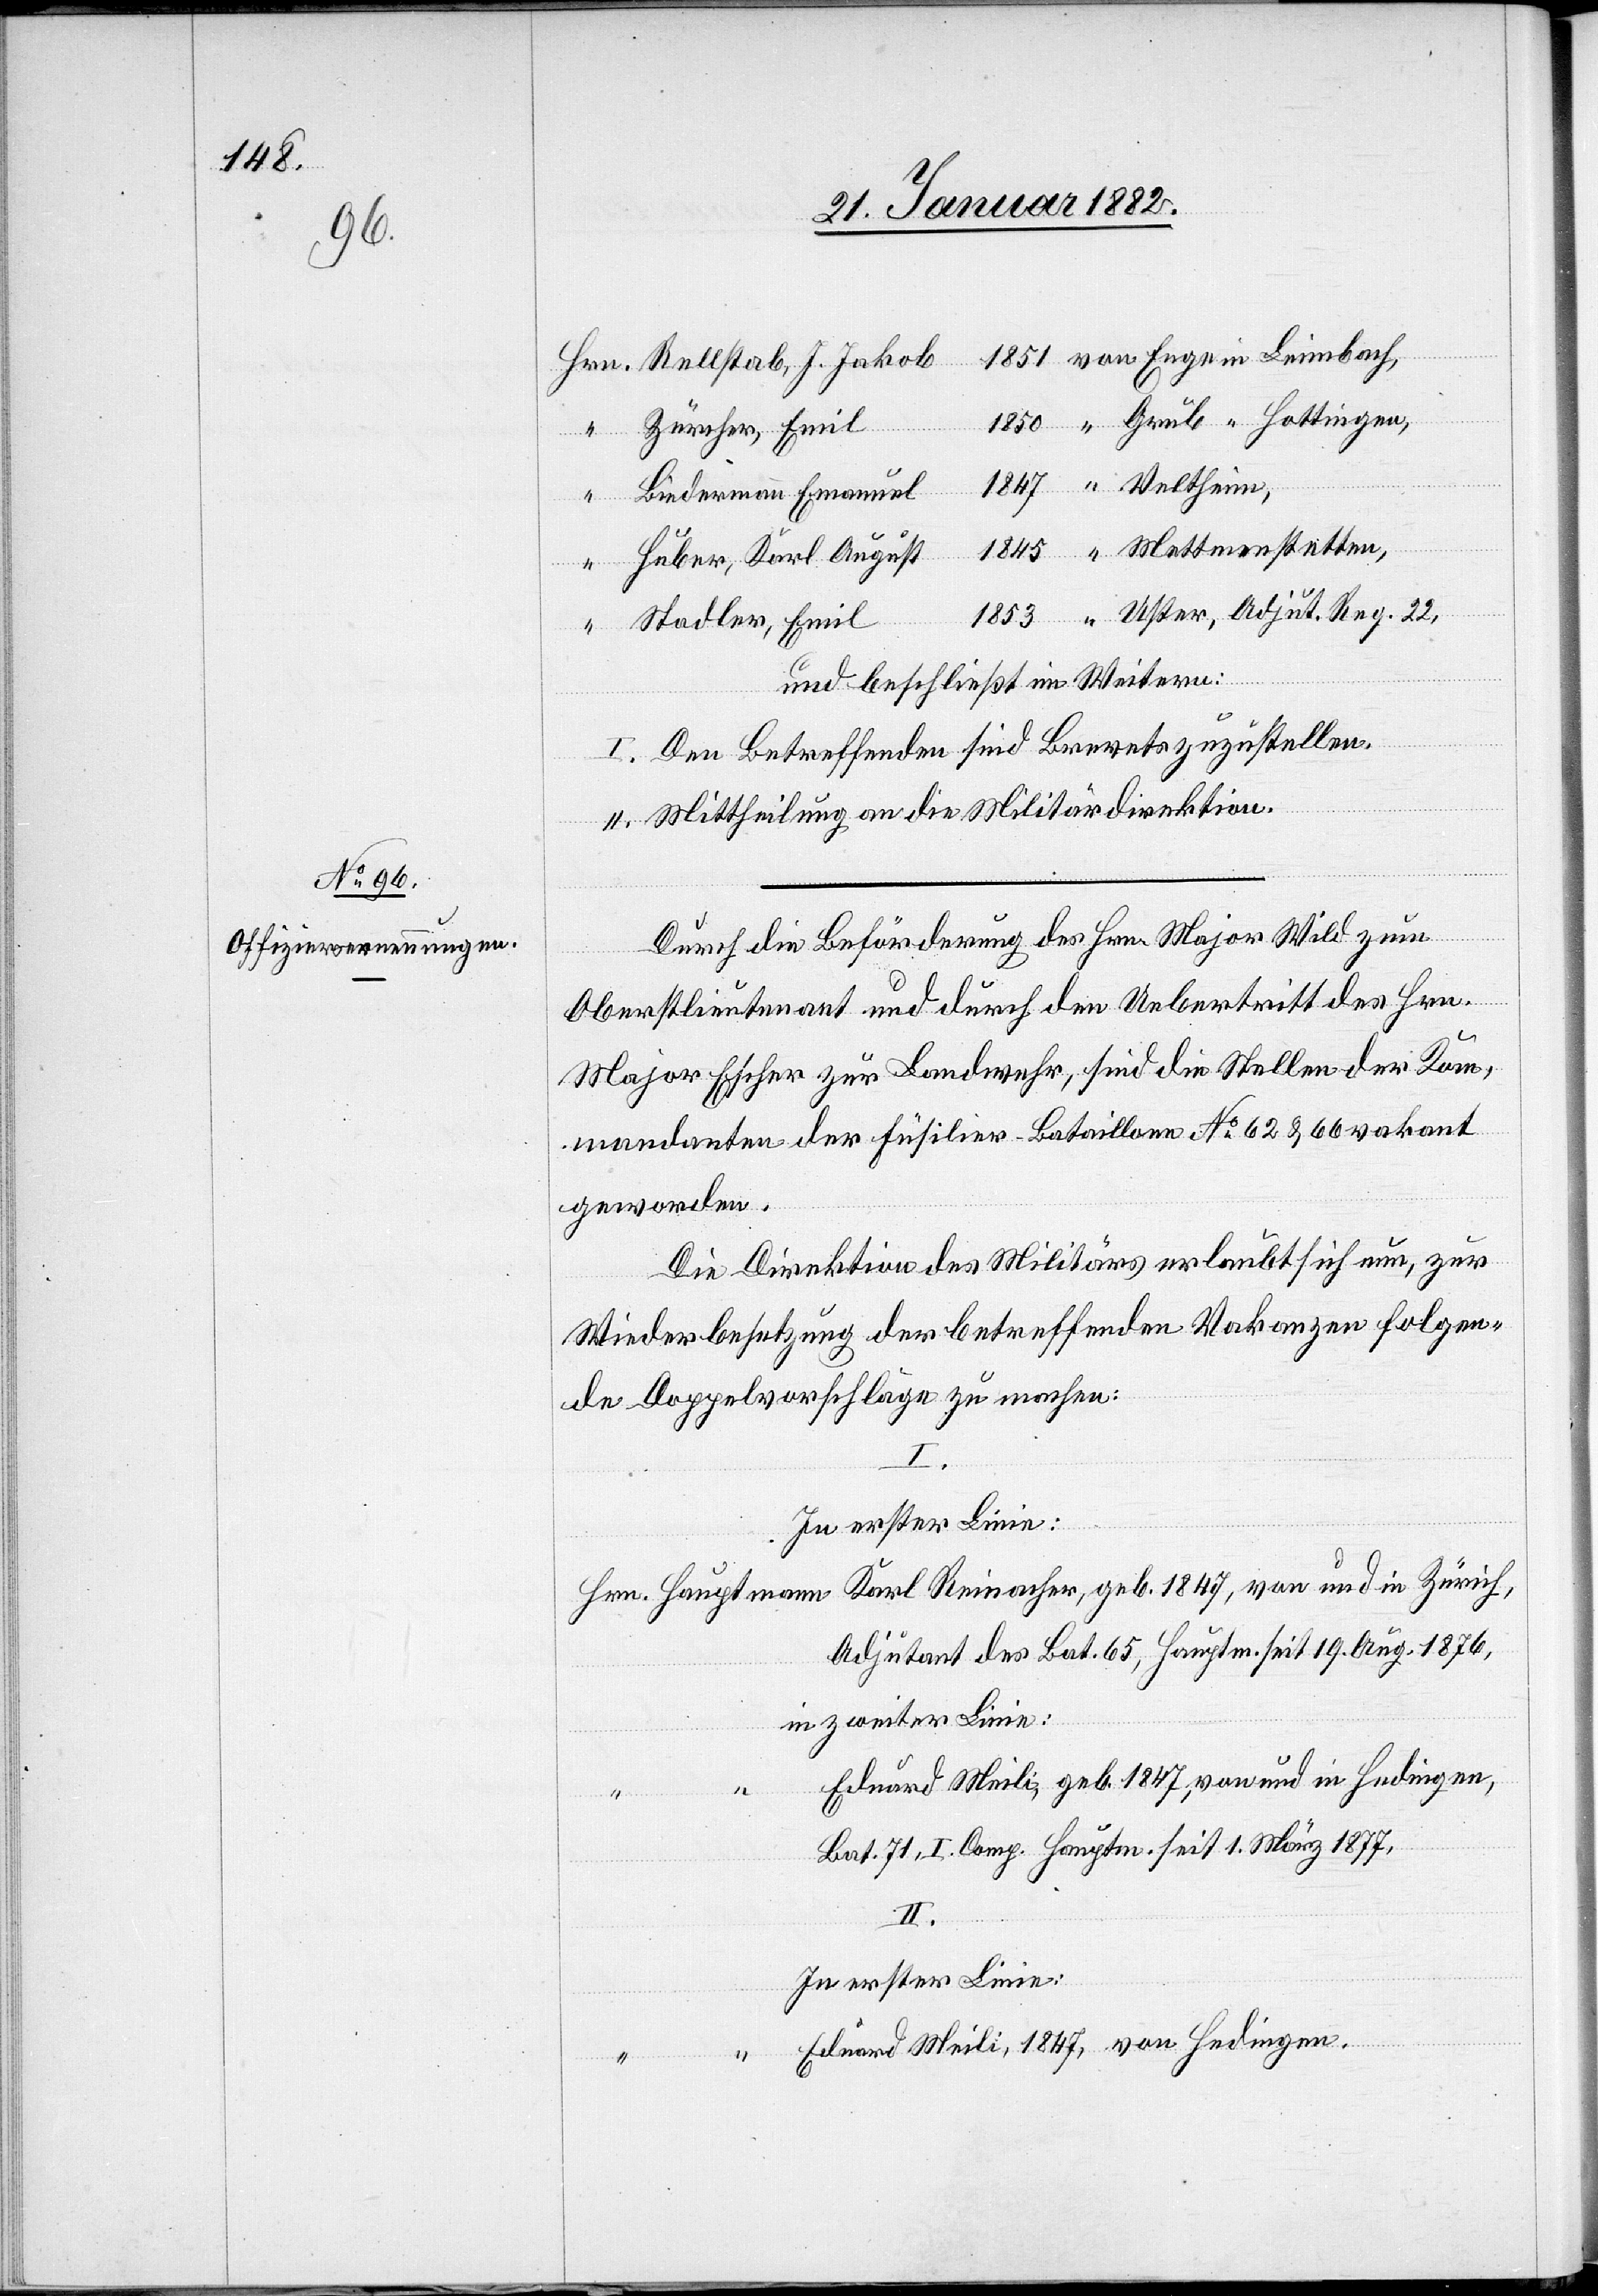
1851,

Ries¬

“ Rellstab, J. Jakob
1850, “ Grüb “ Hottingen,
“		E¬
“ Zürcher, Emil
1847, “ Veltheim,
Lindermann, Emanuel
1845, “ Mettmenstetten,
Huber, Karl August
Enge in
1853, “ Uster, Adjut. Reg. 22
“ Stadtler, Emil
und beschließt im Weiteren:
I. Den Betreffenden sind Brevets zuzustellen.
“
II. Mittheilung an die Militärdirektion.
Durch die Beförderung des Hrn. Major Wild zum
Oberstlieutenant und durch den Uebertritt des Hrn.
Major Escher zur Landwehr, sind die Stellen der Kom¬
mandanten der Füsilier Bataillone No 62 & 66 vakant
geworden.
Die Direktion des Militärs erlaubt sich nun, zur
Wiederbesetzung der betreffenden Vakanzen folgen¬
de Doppelvorschläge zu machen:
II.
In erster Linie:
Hr. Hauptmann Karl Reinacher, geb. 1847, von und in Zürich,
Adjutant des Bat. 65, Hauptm. 				seit 19. Aug. 1879,
in zweiter Linie:
duard Meili, geb. 1847; von und in Hedingen,
1.